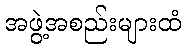
အဖွဲ့အစည်းများထံ